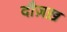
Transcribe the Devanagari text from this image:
दौज़ख़